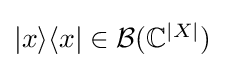
{\textstyle |x\rangle \langle x|\in {\mathcal {B}}(\mathbb {C} ^{|X|})}